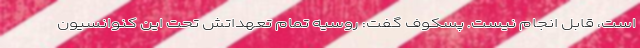
است، قابل انجام نیست. پسکوف گفت: روسیه تمام تعهداتش تحت این کنوانسیون